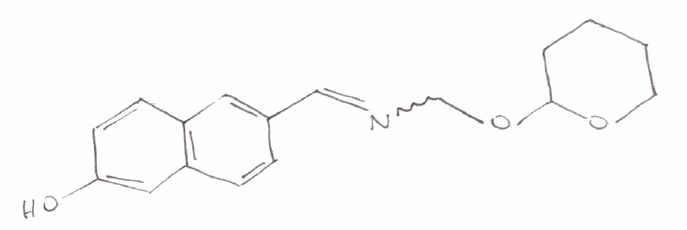
Simplified molecular-input line-entry system (SMILES) notation of the given molecule:
C1CCOC(C1)OCN=CC2=CC3=C(C=C2)C=C(C=C3)O